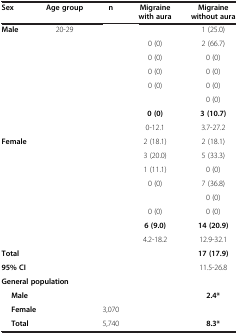
<table><thead><tr><td><b>Sex</b></td><td><b>Age group</b></td><td><b>n</b></td><td><b>Migraine with aura</b></td><td><b>Migraine without aura</b></td></tr></thead><tbody><tr><td><b>Male</b></td><td>20-29</td><td>[EMPTY_CELL]</td><td>[EMPTY_CELL]</td><td>1 (25.0)</td></tr><tr><td>[EMPTY_CELL]</td><td>[EMPTY_CELL]</td><td>[EMPTY_CELL]</td><td>0 (0)</td><td>2 (66.7)</td></tr><tr><td>[EMPTY_CELL]</td><td>[EMPTY_CELL]</td><td>[EMPTY_CELL]</td><td>0 (0)</td><td>0 (0)</td></tr><tr><td>[EMPTY_CELL]</td><td>[EMPTY_CELL]</td><td>[EMPTY_CELL]</td><td>0 (0)</td><td>0 (0)</td></tr><tr><td>[EMPTY_CELL]</td><td>[EMPTY_CELL]</td><td>[EMPTY_CELL]</td><td>0 (0)</td><td>0 (0)</td></tr><tr><td>[EMPTY_CELL]</td><td>[EMPTY_CELL]</td><td>[EMPTY_CELL]</td><td>[EMPTY_CELL]</td><td>0 (0)</td></tr><tr><td>[EMPTY_CELL]</td><td>[EMPTY_CELL]</td><td>[EMPTY_CELL]</td><td><b>0 (0)</b></td><td><b>3 (10.7)</b></td></tr><tr><td>[EMPTY_CELL]</td><td>[EMPTY_CELL]</td><td>[EMPTY_CELL]</td><td>0-12.1</td><td>3.7-27.2</td></tr><tr><td><b>Female</b></td><td>[EMPTY_CELL]</td><td>[EMPTY_CELL]</td><td>2 (18.1)</td><td>2 (18.1)</td></tr><tr><td>[EMPTY_CELL]</td><td>[EMPTY_CELL]</td><td>[EMPTY_CELL]</td><td>3 (20.0)</td><td>5 (33.3)</td></tr><tr><td>[EMPTY_CELL]</td><td>[EMPTY_CELL]</td><td>[EMPTY_CELL]</td><td>1 (11.1)</td><td>0 (0)</td></tr><tr><td>[EMPTY_CELL]</td><td>[EMPTY_CELL]</td><td>[EMPTY_CELL]</td><td>0 (0)</td><td>7 (36.8)</td></tr><tr><td>[EMPTY_CELL]</td><td>[EMPTY_CELL]</td><td>[EMPTY_CELL]</td><td>[EMPTY_CELL]</td><td>0 (0)</td></tr><tr><td>[EMPTY_CELL]</td><td>[EMPTY_CELL]</td><td>[EMPTY_CELL]</td><td>0 (0)</td><td>0 (0)</td></tr><tr><td>[EMPTY_CELL]</td><td>[EMPTY_CELL]</td><td>[EMPTY_CELL]</td><td><b>6 (9.0)</b></td><td><b>14 (20.9)</b></td></tr><tr><td>[EMPTY_CELL]</td><td>[EMPTY_CELL]</td><td>[EMPTY_CELL]</td><td>4.2-18.2</td><td>12.9-32.1</td></tr><tr><td><b>Total</b></td><td>[EMPTY_CELL]</td><td>[EMPTY_CELL]</td><td>[EMPTY_CELL]</td><td><b>17 (17.9)</b></td></tr><tr><td><b>95% CI</b></td><td>[EMPTY_CELL]</td><td>[EMPTY_CELL]</td><td>[EMPTY_CELL]</td><td>11.5-26.8</td></tr><tr><td colspan="2"><b>General population</b></td><td>[EMPTY_CELL]</td><td>[EMPTY_CELL]</td><td>[EMPTY_CELL]</td></tr><tr><td colspan="2"><b>Male</b></td><td>[EMPTY_CELL]</td><td>[EMPTY_CELL]</td><td><b>2.4*</b></td></tr><tr><td colspan="2"><b>Female</b></td><td>3,070</td><td>[EMPTY_CELL]</td><td>[EMPTY_CELL]</td></tr><tr><td colspan="2"><b>Total</b></td><td>5,740</td><td>[EMPTY_CELL]</td><td><b>8.3*</b></td></tr></tbody></table>